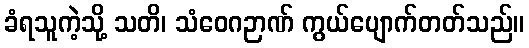
ခံရသူကဲ့သို့ သတိ၊ သံဝေဂဉာဏ် ကွယ်ပျောက်တတ်သည်။